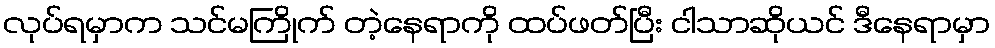
လုပ်ရမှာက သင်မကြိုက် တဲ့နေရာကို ထပ်ဖတ်ပြီး ငါသာဆိုယင် ဒီနေရာမှာ